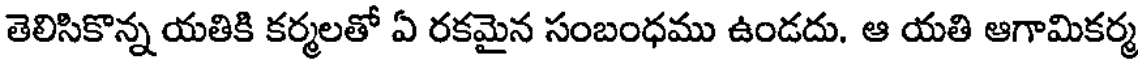
తెలిసికొన్న యతికి కర్మలతో ఏ రకమైన సంబంధము ఉండదు. ఆ యతి ఆగామికర్మ